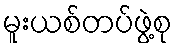
မူးယစ်တပ်ဖွဲ့စု